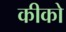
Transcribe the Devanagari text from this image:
कीको